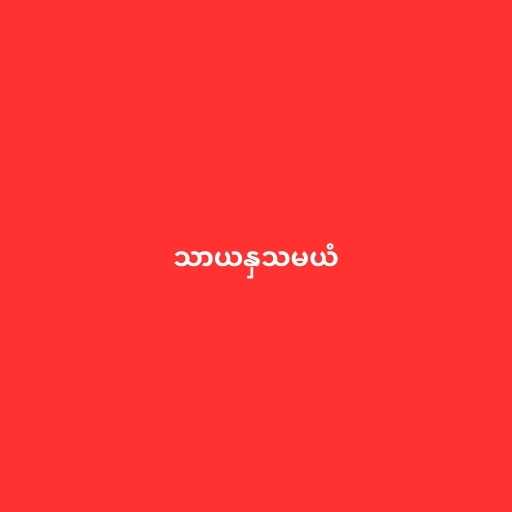
သာယနှသမယံ